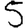
Digit: 5